65_HS1-834228961_62-HQ-83894_SUB_A
Agency: FBI
Page 60
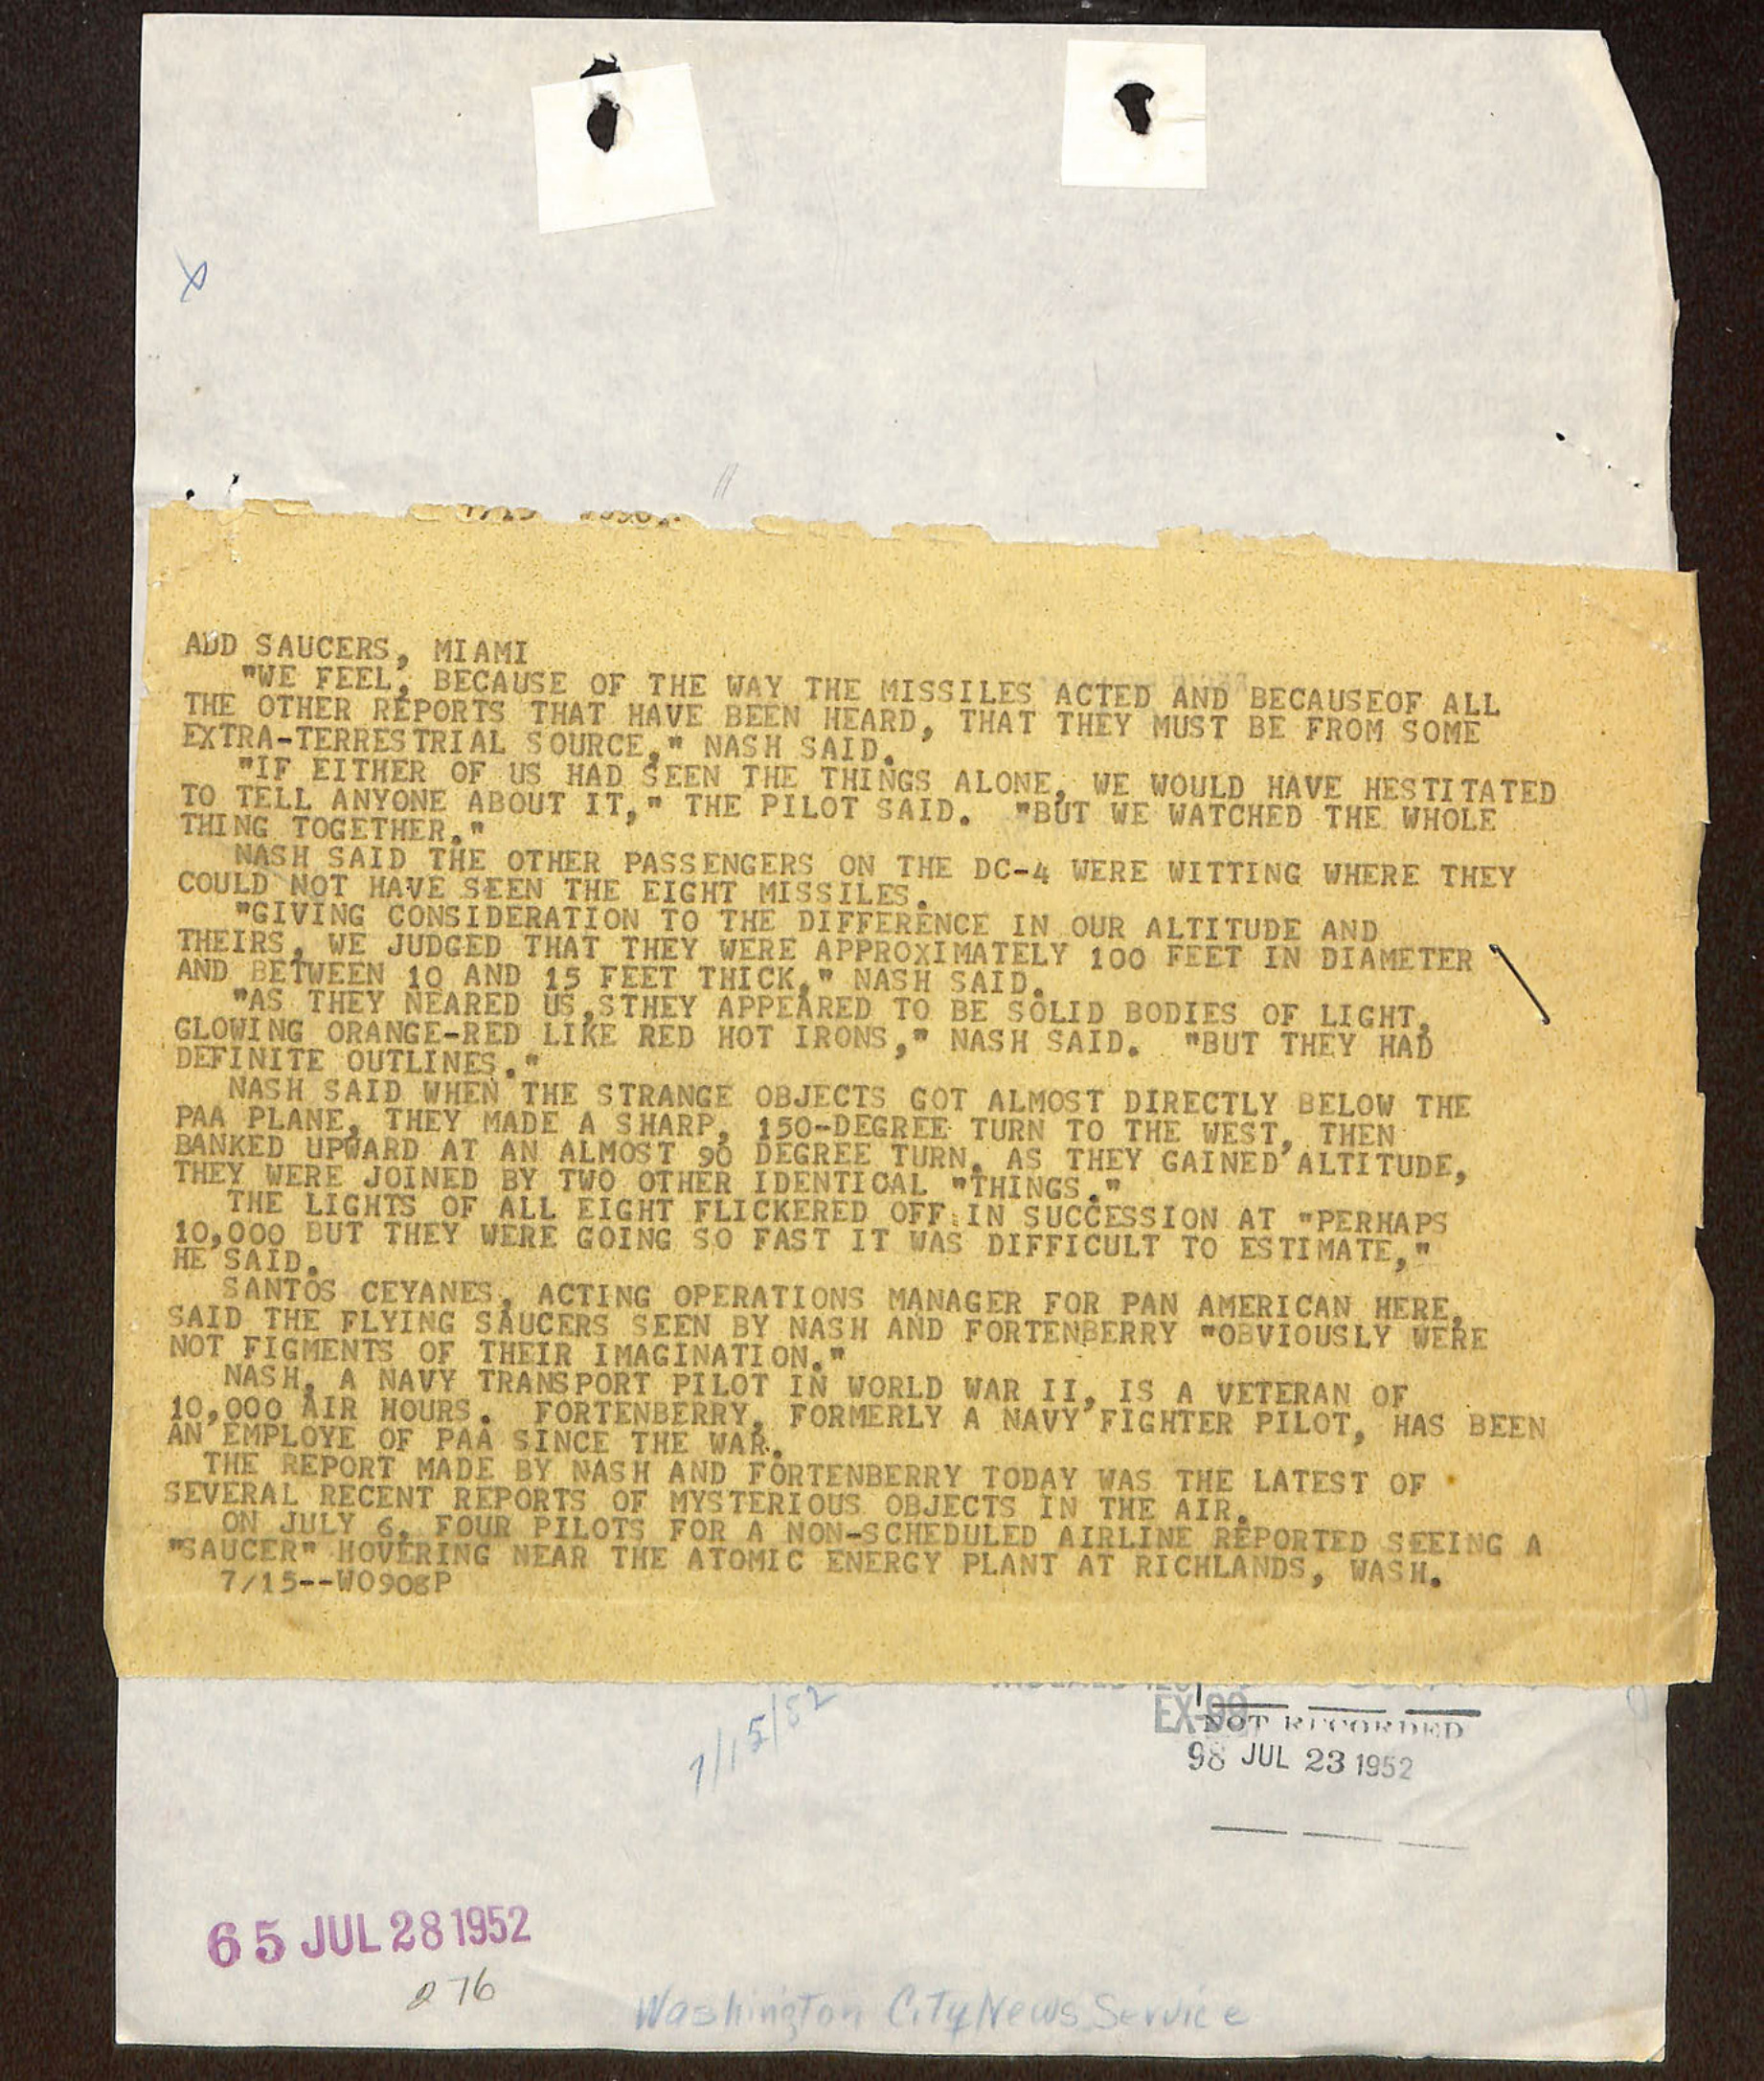